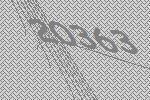
20363